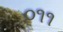
૦૧૧